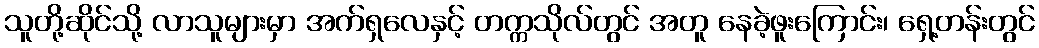
သူတို့ဆိုင်သို့ လာသူများမှာ အက်ရှလေနှင့် တက္ကသိုလ်တွင် အတူ နေခဲ့ဖူးကြောင်း၊ ရှေ့တန်းတွင်